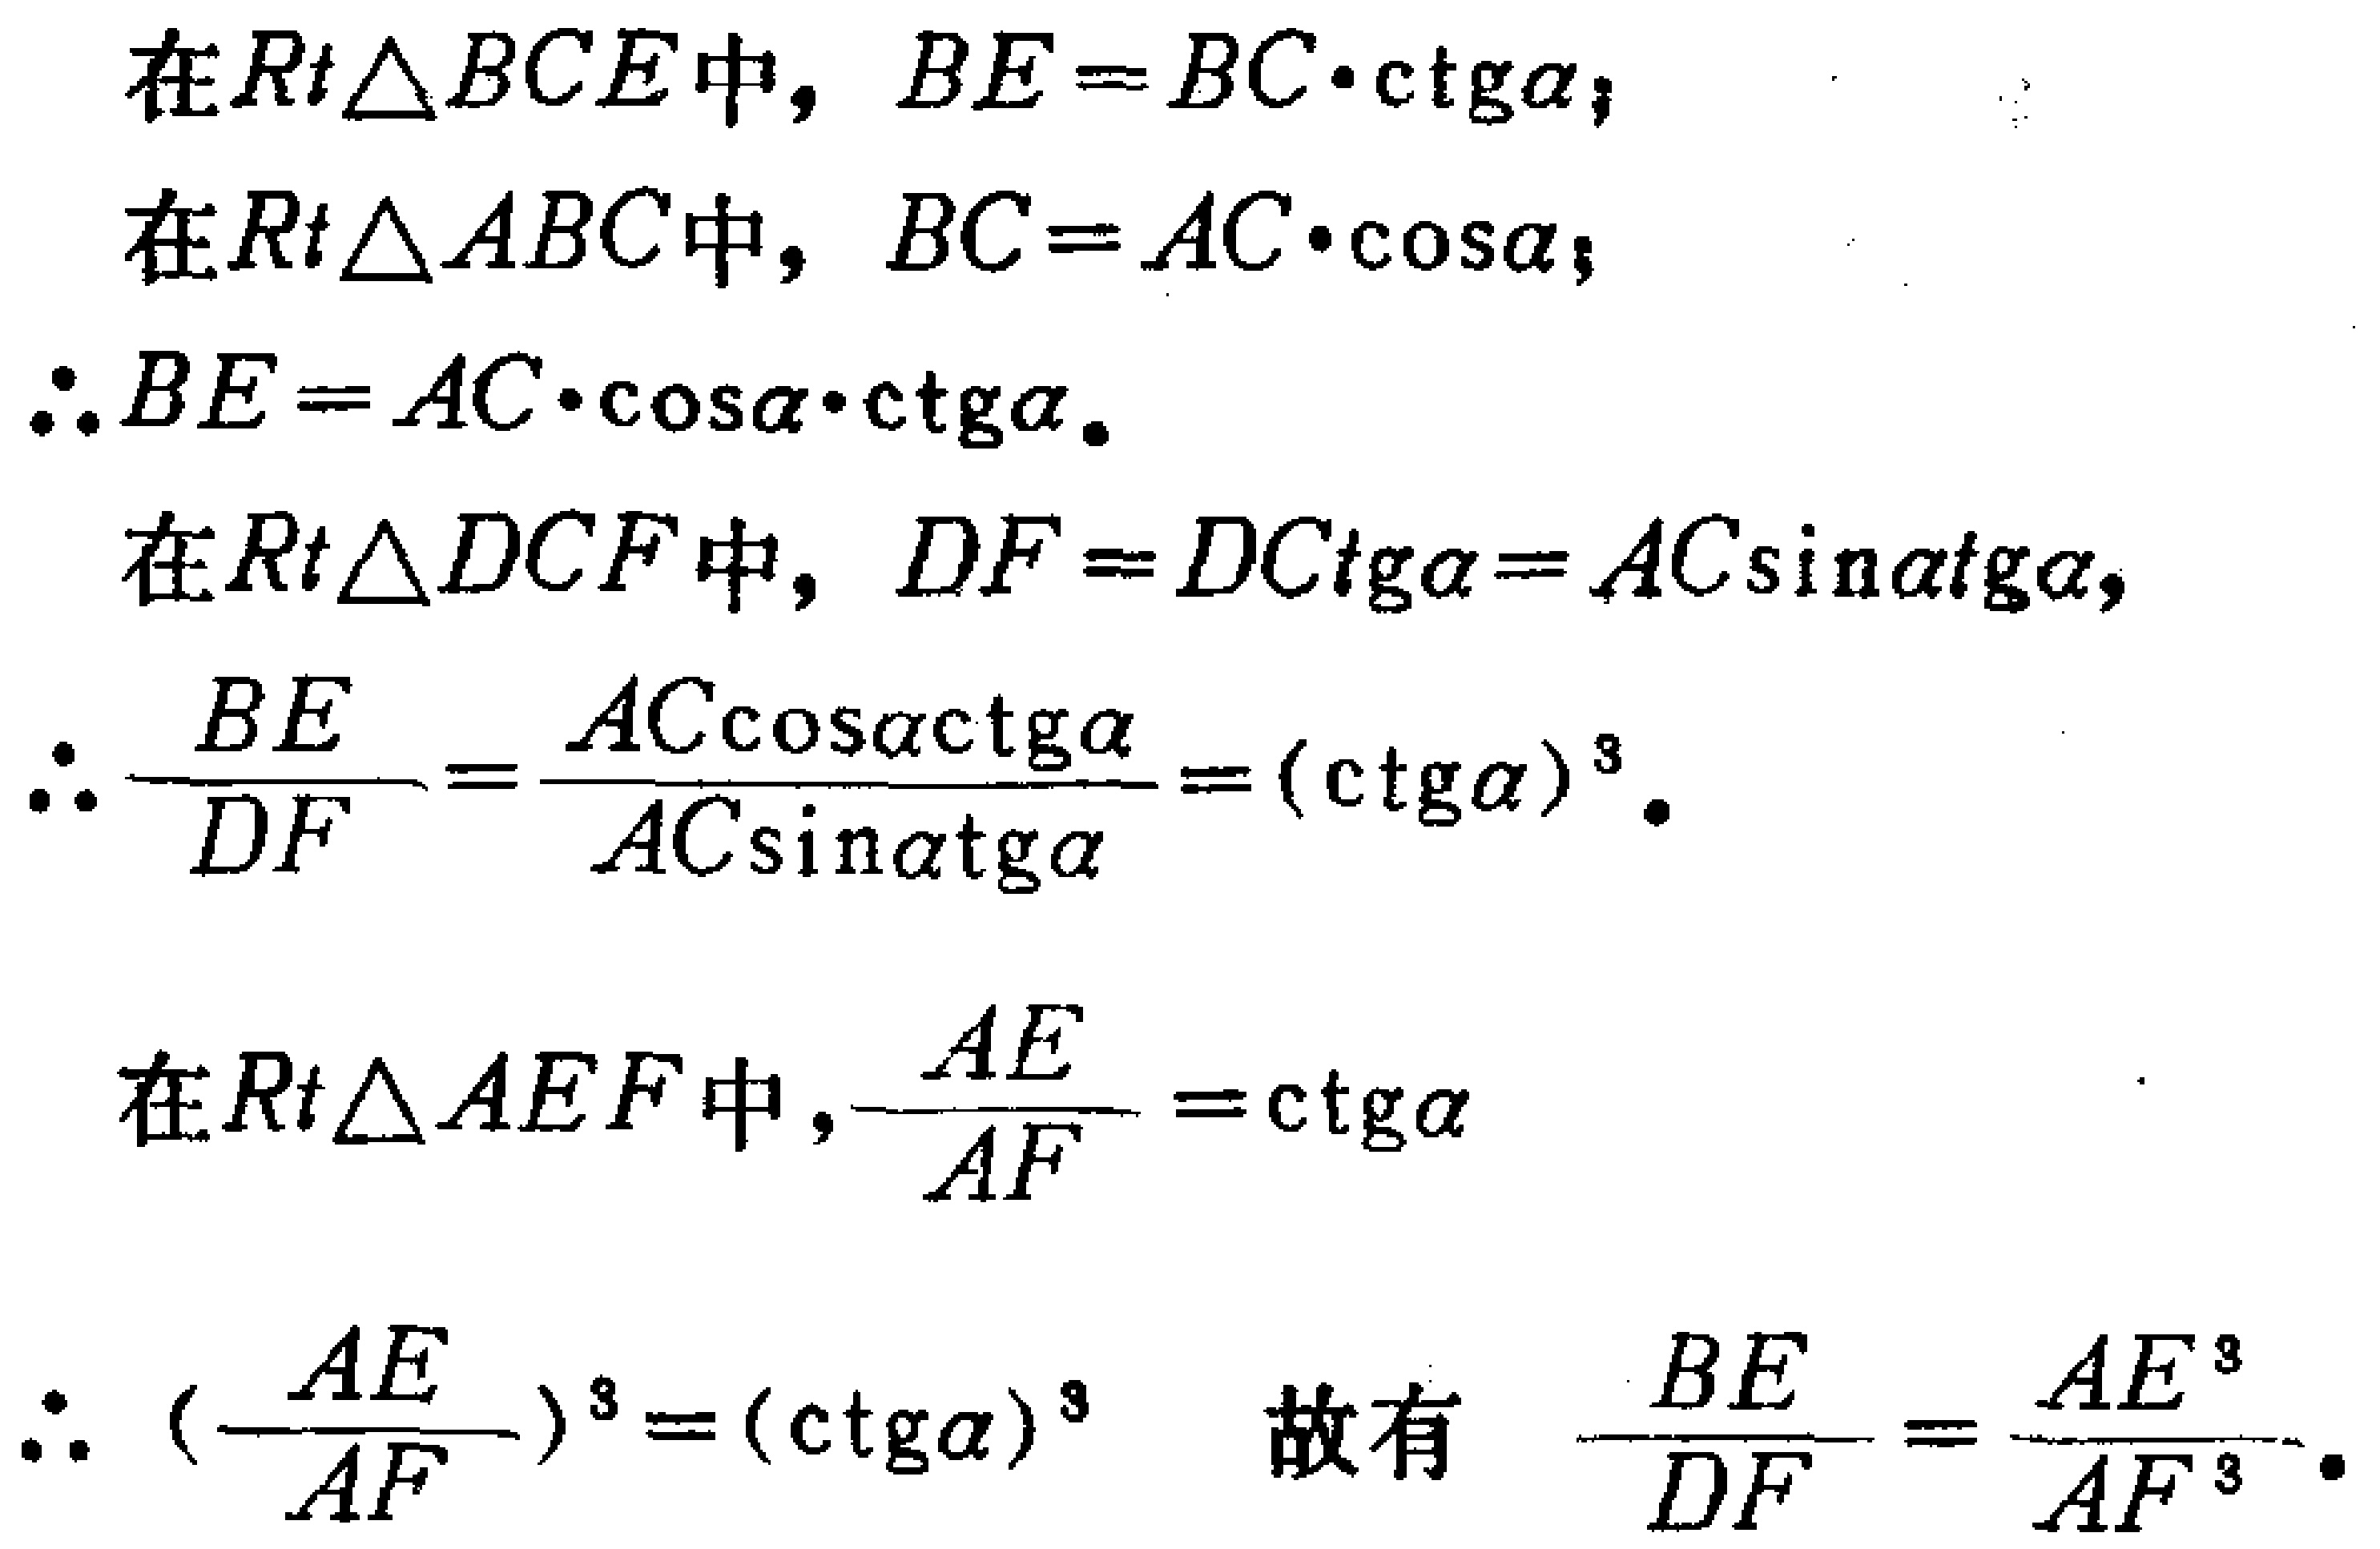
在\(Rt\triangle BCE\)中，\(BE = BC\cdot\mathrm{ctg}\alpha\)；
在\(Rt\triangle ABC\)中，\(BC = AC\cdot\cos\alpha\)；
\(\therefore BE = AC\cdot\cos\alpha\cdot\mathrm{ctg}\alpha\)。
在\(Rt\triangle DCF\)中，\(DF = DC\mathrm{tg}\alpha=AC\sin\alpha\mathrm{tg}\alpha\)，
\(\therefore \frac{BE}{DF}=\frac{AC\cos\alpha\mathrm{ctg}\alpha}{AC\sin\alpha\mathrm{tg}\alpha}=(\mathrm{ctg}\alpha)^3\)。

在\(Rt\triangle AEF\)中，\(\frac{AE}{AF}=\mathrm{ctg}\alpha\)
\(\therefore (\frac{AE}{AF})^3=(\mathrm{ctg}\alpha)^3\) 故有 \(\frac{BE}{DF}=\frac{AE^3}{AF^3}\)。